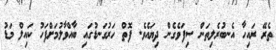
ތެރޭ ރައިހާ އެނބުރެލިތަން ސިފަވެގެން ދިޔައެވެ. ފޮތް ހަރުގަނޑުގައި ބާއްވާލުމަށްފަހު ކައިލް މަޑު